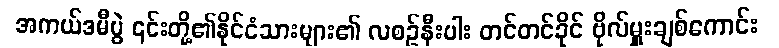
အကယ်ဒမီပွဲ ၎င်းတို့၏နိုင်ငံသားများ၏ လစဉ်နီးပါး တင်တင်ခိုင် ဗိုလ်မှူးချစ်ကောင်း